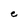
Character: C